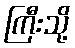
ကြီးသို့